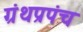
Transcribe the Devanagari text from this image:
ग्रंथप्रपंच